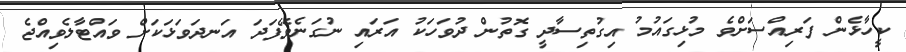
ކީހާޅެން ފަރިއްސަށްވެ މުޅިގައުމު އިގުތިސާދީ ގޮތުން ދުވަހަކު އަރައި ނުގަނެވޭފަދަ އަނދަވަޅަކަށް ވައްޓާލެވިއްޖެ